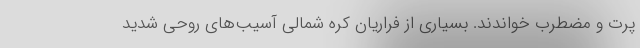
پرت و مضطرب خواندند. بسیاری از فراریان کره شمالی آسیب‌های روحی شدید